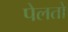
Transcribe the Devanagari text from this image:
पेलतो